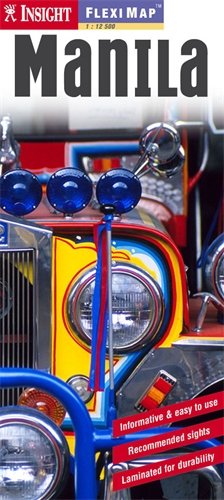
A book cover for Insight Flexi Map: Manila (Insight Flexi Maps); Travel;